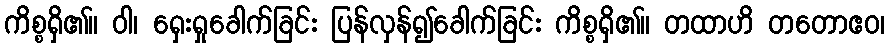
ကိစ္စရှိ၏။ ဝါ၊ ရှေးရှုခေါက်ခြင်း ပြန်လှန်၍ခေါက်ခြင်း ကိစ္စရှိ၏။ တထာဟိ တတောဧဝ၊